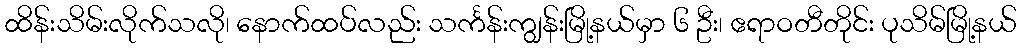
ထိန်းသိမ်းလိုက်သလို၊ နောက်ထပ်လည်း သင်္ကန်းကျွန်းမြို့နယ်မှာ ၆ ဦး၊ ဧရာဝတီတိုင်း ပုသိမ်မြို့နယ်